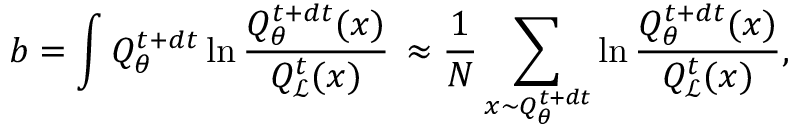
b = \int Q _ { \theta } ^ { t + d t } \ln \frac { Q _ { \theta } ^ { t + d t } ( x ) } { Q _ { \mathcal { L } } ^ { t } ( x ) } \, \approx \frac { 1 } { N } \sum _ { x \sim Q _ { \theta } ^ { t + d t } } \ln \frac { Q _ { \theta } ^ { t + d t } ( x ) } { Q _ { \mathcal { L } } ^ { t } ( x ) } ,